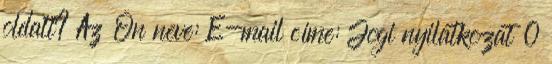
oldalt? Az Ön neve: E-mail címe: Jogi nyilatkozat 0